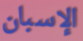
الإسبان